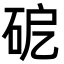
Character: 砨